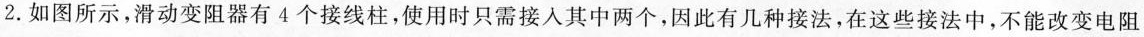
2. 如图所示，滑动变阻器有4个接线柱，使用时只需接人其中两个，因此有几种接法，在这些接法中，不能改变电阻